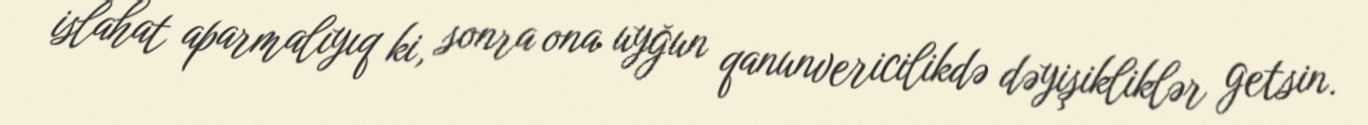
islahat aparmalıyıq ki, sonra ona uyğun qanunvericilikdə dəyişikliklər getsin.